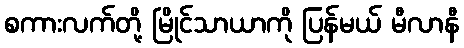
စကားလက်တို့ မြိုင်သာယာကို ပြန်မယ် မီလာနီ